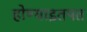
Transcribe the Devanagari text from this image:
होण्याइतपत